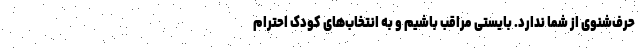
حرف‌شنوی از شما ندارد. بایستی مراقب باشیم و به انتخاب‌های کودک احترام